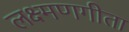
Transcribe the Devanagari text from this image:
लक्ष्मणगीता